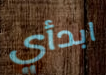
ابدأي